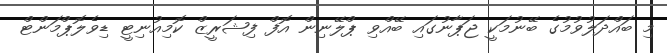
މި ބައްދަލުވުމުގެ ބޭނުމަކީ ޖަޕާނުގައި ބޭއްވި ޕްލޭނިން އޮފް ފިޝަރީޒް ކޮމިއުނިޓީ ޑިވެލޮޕްމަންޓް